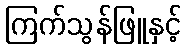
ကြက်သွန်ဖြူနှင့်